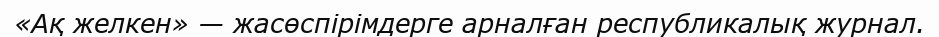
«Ақ желкен» — жасөспірімдерге арналған республикалық журнал.